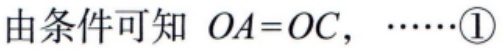
由条件可知 \(OA = OC,\ \cdots\cdots\textcircled{1}\)